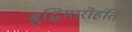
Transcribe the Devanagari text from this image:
बुद्धिमारोहंति